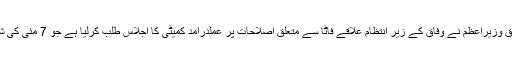
زرائع کے مطابق وزیراعظم نے وفاق کے زیر انتظام علاقے فاٹا سے متعلق اصلاحات پر عملدرآمد کمیٹی کا اجلاس طلب کرلیا ہے جو 7 مئی کی شام 4 بجے ہوگا۔